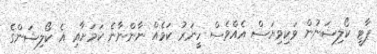
ޕާޓީ ކޯލިޝަނުން ވަކިވިޔަސް އެއްވެސް ހީނަރު ކަމެއް ނާންނާނެ ކަމަށާއި އެ ކޯލިޝަންގެ